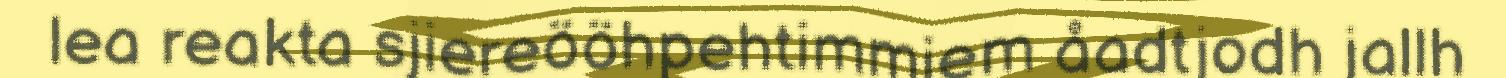
lea reakta sjiereööhpehtimmiem åadtjodh jallh